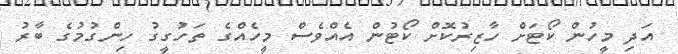
އަދި މީހުން ކޯޓަށް ހާޒިރުކޮށް ކޯޓުން އެއްވެސް މީހެއްގެ ތަހުގީގު ހިންގުމުގެ ބާރު